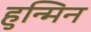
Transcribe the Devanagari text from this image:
हुन्मिन